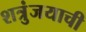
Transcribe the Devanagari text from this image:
शत्रुंजयाची